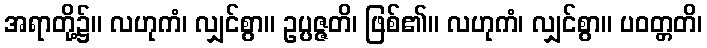
အရာတို့၌။ လဟုကံ၊ လျှင်စွာ။ ဥပ္ပဇ္ဇတိ၊ ဖြစ်၏။ လဟုကံ၊ လျှင်စွာ။ ပဝတ္တတိ၊